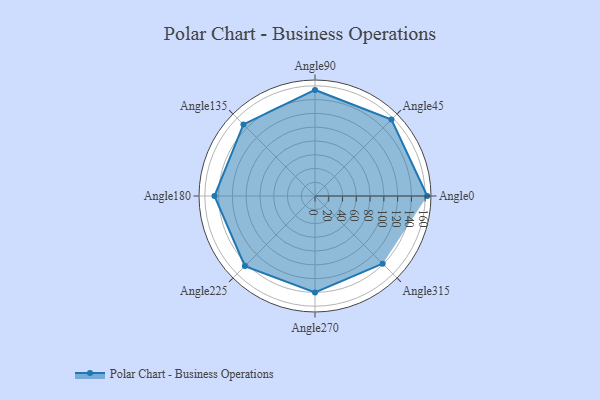
{"axis": {"x": "Angle", "y": "Radius"}, "legend": [""], "data": [{"x": "Angle0", "y": 163.0, "type": ""}, {"x": "Angle45", "y": 157.0, "type": ""}, {"x": "Angle90", "y": 154.0, "type": ""}, {"x": "Angle135", "y": 147.0, "type": ""}, {"x": "Angle180", "y": 146.0, "type": ""}, {"x": "Angle225", "y": 144.0, "type": ""}, {"x": "Angle270", "y": 140.0, "type": ""}, {"x": "Angle315", "y": 139.0, "type": ""}]}